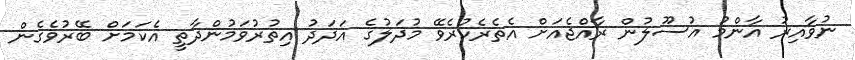
ނުވާއިރު އާންމު އުސޫލުން ރާއްޖެއަށް އެތެރެކުރެވޭ މުދަލުގެ އަދަދު އިތުރުވަމުންދާތީ އެކަމަށް ބޭރުވެގެން